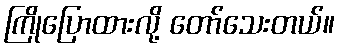
ကြိုပြောထားလို့ တော်သေးတယ်။